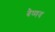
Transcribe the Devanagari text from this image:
बैष्णव